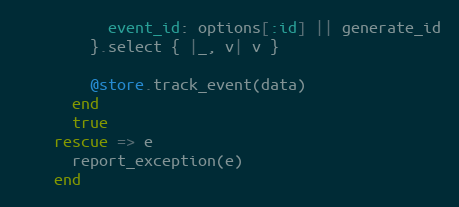
Language: Ruby
          event_id: options[:id] || generate_id
        }.select { |_, v| v }

        @store.track_event(data)
      end
      true
    rescue => e
      report_exception(e)
    end